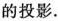
的投影.